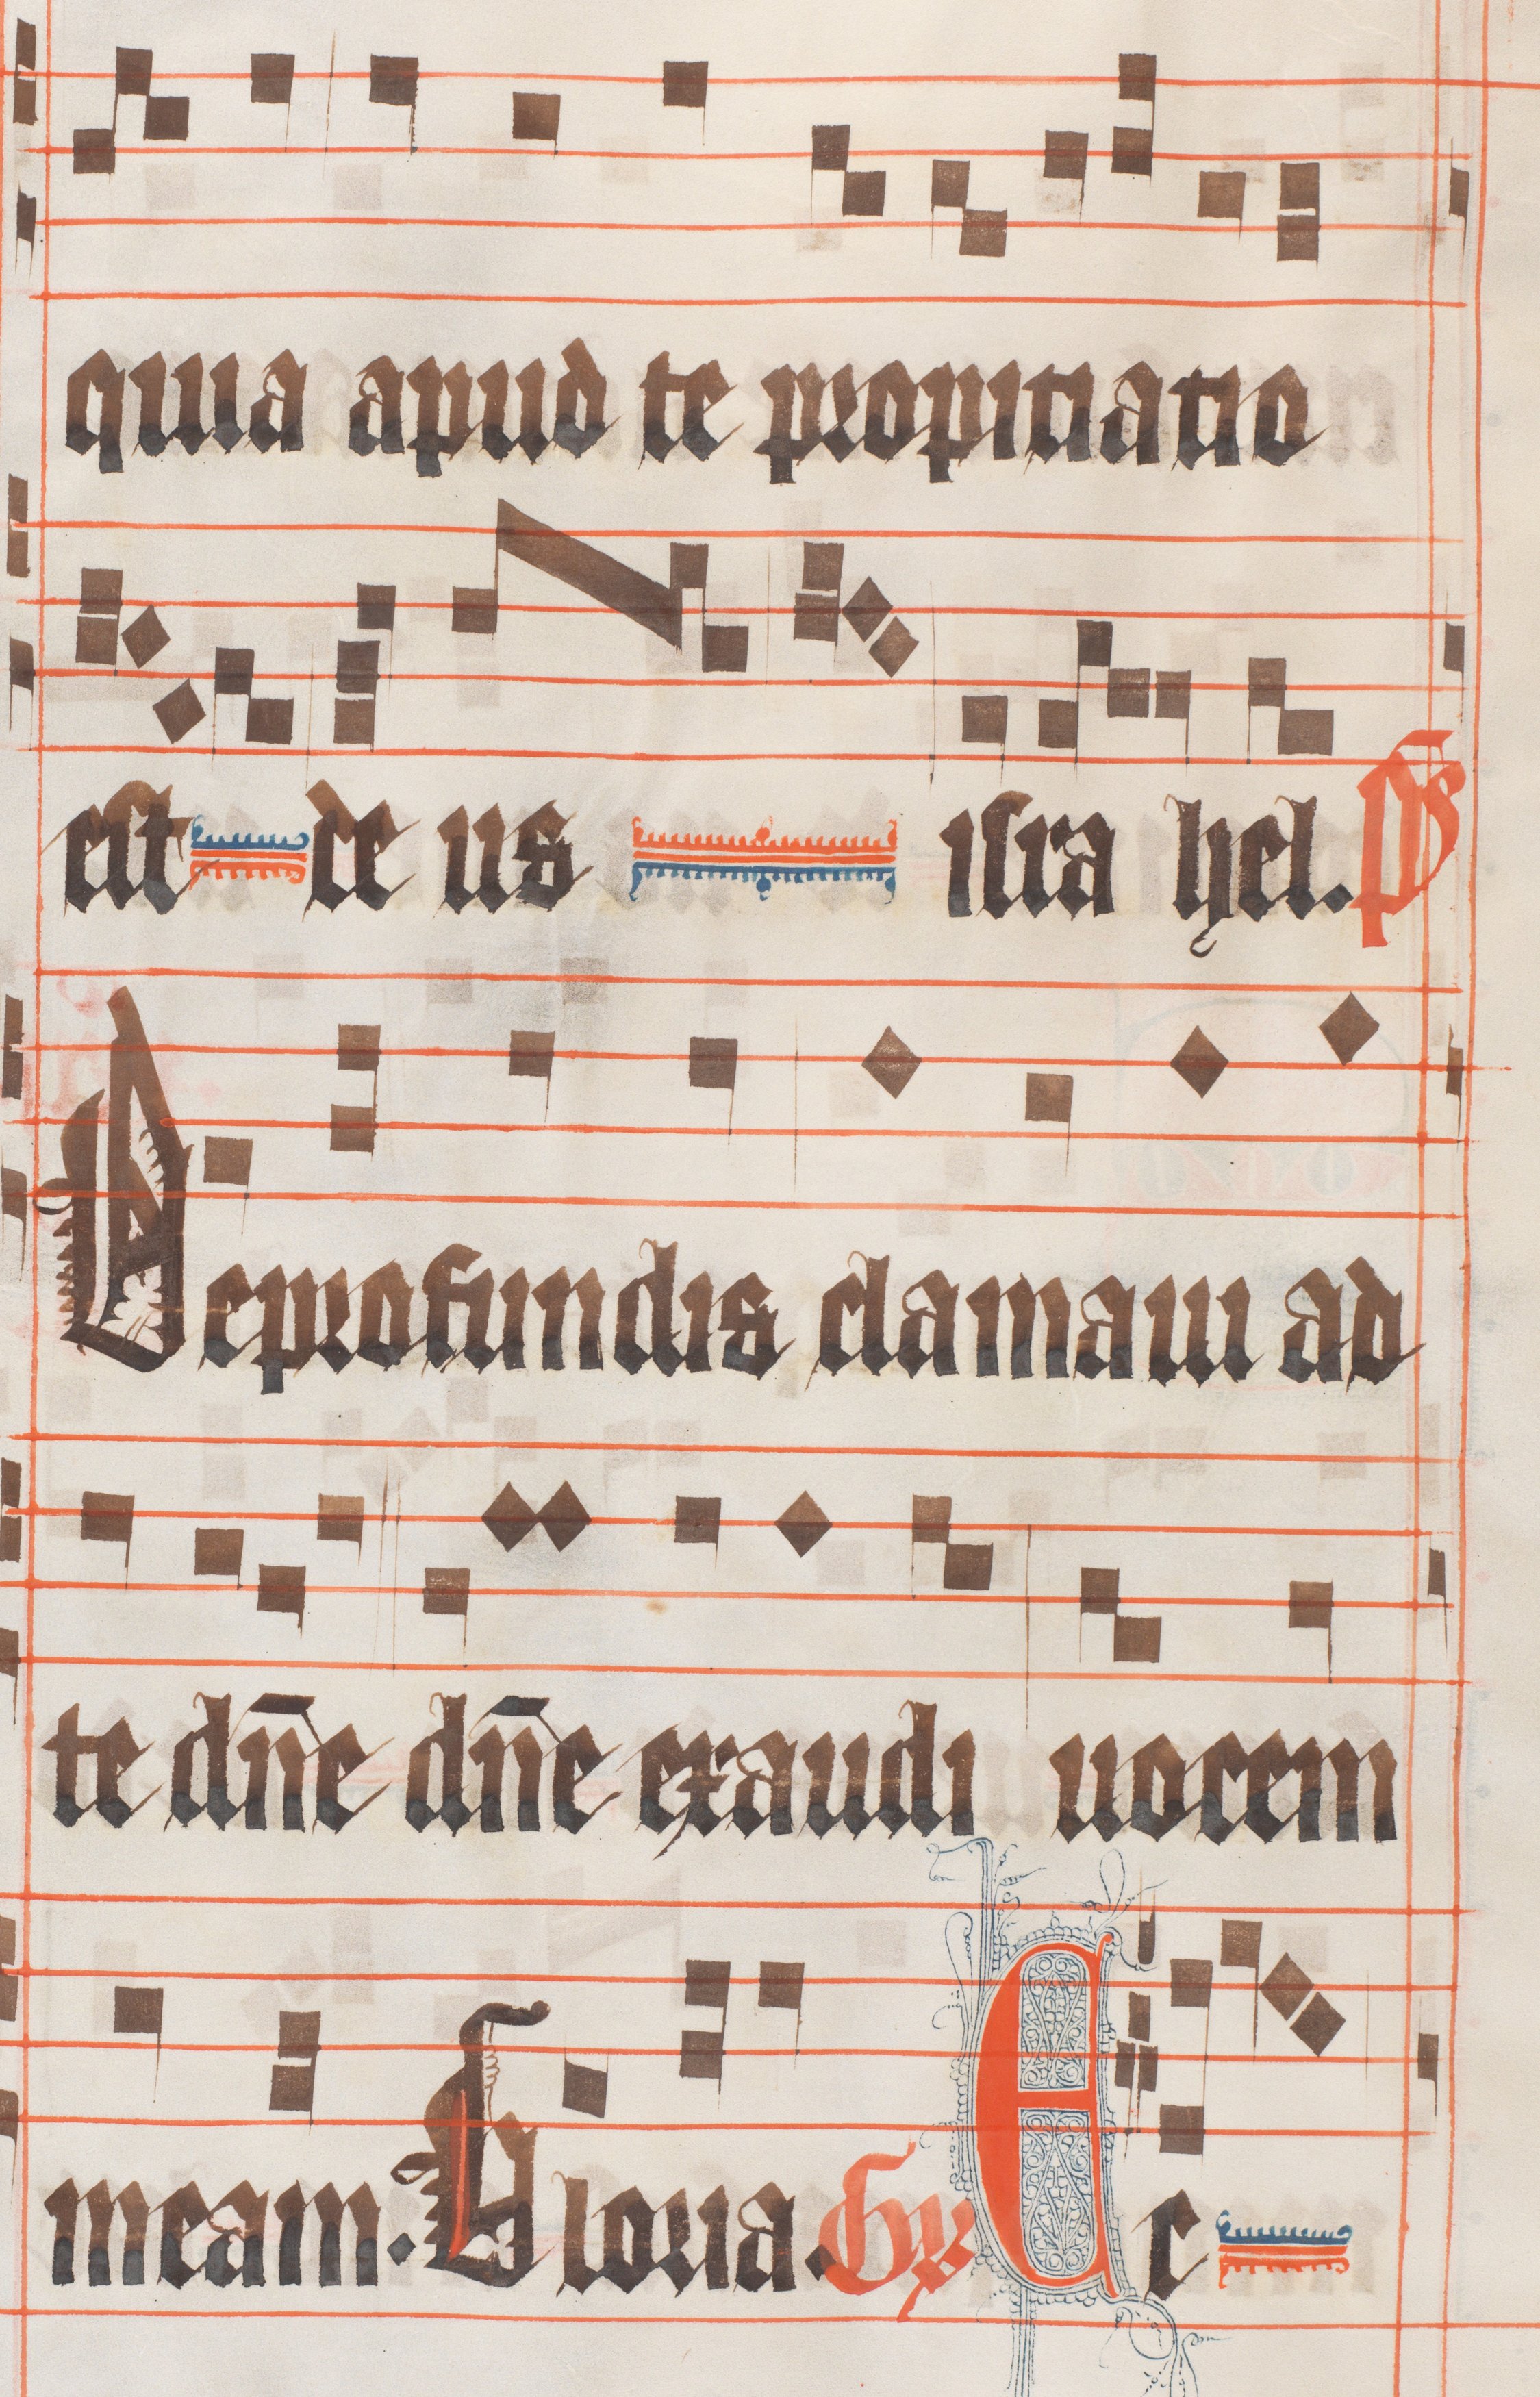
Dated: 1330–1335